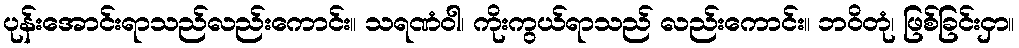
ပုန်းအောင်းရာသည်လည်းကောင်း။ သရဏံဝါ၊ ကိုးကွယ်ရာသည် လည်းကောင်း။ ဘဝိတုံ၊ ဖြစ်ခြင်းငှာ။